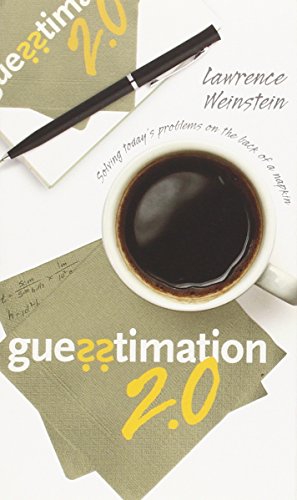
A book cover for Guesstimation 2.0: Solving Today's Problems on the Back of a Napkin; Lawrence Weinstein; Humor & Entertainment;